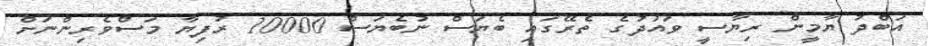
އަބްދު ޔާމީން ރިޔާސީ ވައުދުގެ ތެރޭގައި ބެޔަސް ނުބެޔަސް 10000 ރުފިޔާ މަސްވެރިންނަށް